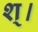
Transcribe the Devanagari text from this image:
श्।